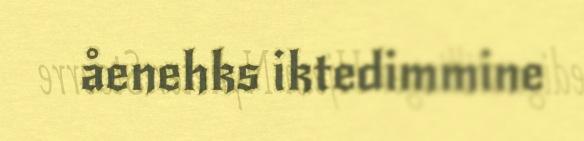
åenehks iktedimmine